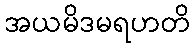
အယမိဒမရဟတိ